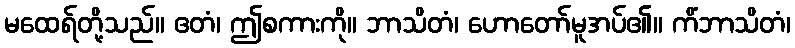
မထေရ်တို့သည်။ ဧတံ၊ ဤစကားကို။ ဘာသိတံ၊ ဟောတော်မူအပ်၏။ ကိံဘာသိတံ၊